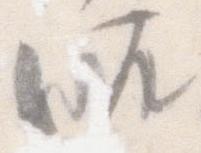
御